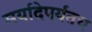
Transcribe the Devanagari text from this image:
मर्यादेपर्यंतच